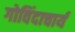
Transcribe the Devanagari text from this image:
गोविंदाचार्य